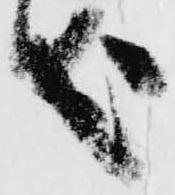
哉